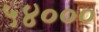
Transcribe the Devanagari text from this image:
५४०००